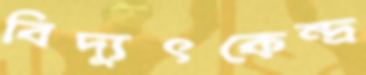
বিদ্যুৎকেন্দ্র